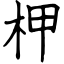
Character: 柙